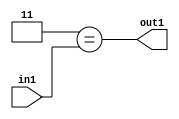
`timescale 1ps / 1ps
/*****************************************************************************
    Verilog RTL Description
    
    
    Created by: Stratus DpOpt 2019.1.01 
*******************************************************************************/

module feature_write_addr_gen_Eqi3u3_4 (
	in1,
	out1
	); /* architecture "behavioural" */ 
input [2:0] in1;
output  out1;
wire  asc001;

assign asc001 = (8'B00000011==in1);

assign out1 = asc001;
endmodule

/* CADENCE  urjzSw8= : u9/ySgnWtBlWxVPRXgAZ4Og= ** DO NOT EDIT THIS LINE ******/